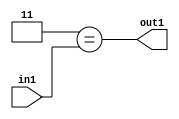
`timescale 1ps / 1ps
/*****************************************************************************
    Verilog RTL Description
    
    
    Created by: Stratus DpOpt 2019.1.01 
*******************************************************************************/

module feature_write_addr_gen_Eqi3u3_4 (
	in1,
	out1
	); /* architecture "behavioural" */ 
input [2:0] in1;
output  out1;
wire  asc001;

assign asc001 = (8'B00000011==in1);

assign out1 = asc001;
endmodule

/* CADENCE  urjzSw8= : u9/ySgnWtBlWxVPRXgAZ4Og= ** DO NOT EDIT THIS LINE ******/